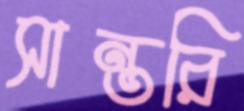
সান্তরি